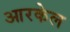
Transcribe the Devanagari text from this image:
आरकेल